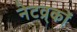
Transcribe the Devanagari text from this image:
नेटव्र्कों